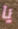
يا